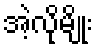
အဲ့လိုမျိုး